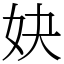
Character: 妜